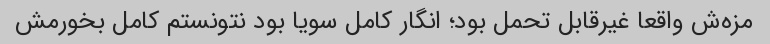
مزه‌ش واقعا غیرقابل تحمل بود؛ انگار کامل سویا بود نتونستم کامل بخورمش